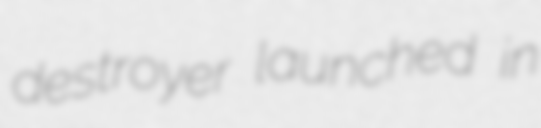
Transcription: destroyer launched in